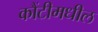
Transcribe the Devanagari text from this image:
कौंटीमधील